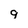
Character: 9